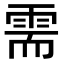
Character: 需